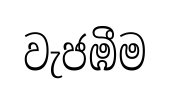
වැජඹීම